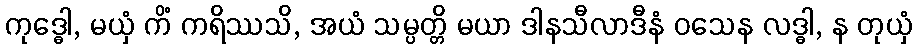
ကုဒ္ဓေါ, မယှံ ကိံ ကရိဿသိ, အယံ သမ္ပတ္တိ မယာ ဒါနသီလာဒီနံ ဝသေန လဒ္ဓါ, န တုယှံ